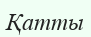
Қатты